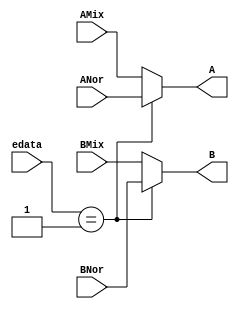
module mux_ns
(
input [36:0] ANor,
input [36:0] BNor,
input [36:0] AMix,
input [36:0] BMix,
output [36:0] A,
output [36:0] B,
input [1:0] edata
);

assign A = edata == 2'b01 ? ANor : AMix;
assign B = edata == 2'b01 ? BNor : BMix;

endmodule